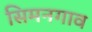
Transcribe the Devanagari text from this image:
सिमनगाव